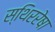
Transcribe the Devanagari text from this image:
स्थिररेषा